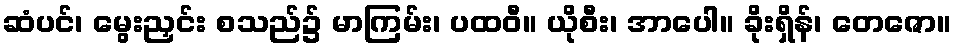
ဆံပင်၊ မွေးညှင်း စသည်၌ မာကြမ်း၊ ပထဝီ။ ယိုစီး၊ အာပေါ။ ခိုးရှိန်၊ တေဇော။